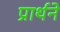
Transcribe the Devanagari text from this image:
प्रार्थने